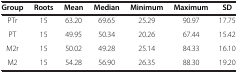
| Group | Roots | Mean | Median | Minimum | Maximum | SD |
 | --- | --- | --- | --- | --- | --- | --- |
 | PTr | 15 | 63.20 | 69.65 | 25.29 | 90.97 | 17.75 |
 | PT | 15 | 49.95 | 50.34 | 20.26 | 67.44 | 15.42 |
 | M2r | 15 | 50.02 | 49.28 | 25.14 | 84.33 | 16.10 |
 | M2 | 15 | 54.28 | 56.90 | 26.35 | 88.30 | 19.20 |